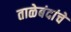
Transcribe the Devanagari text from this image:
ताळेबंदांचे